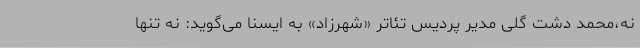
نه،محمد دشت گلی مدیر پردیس تئاتر «شهرزاد» به ایسنا می‌گوید: نه تنها